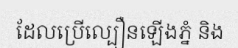
ដែលប្រើល្បឿនឡើងភ្នំ និង